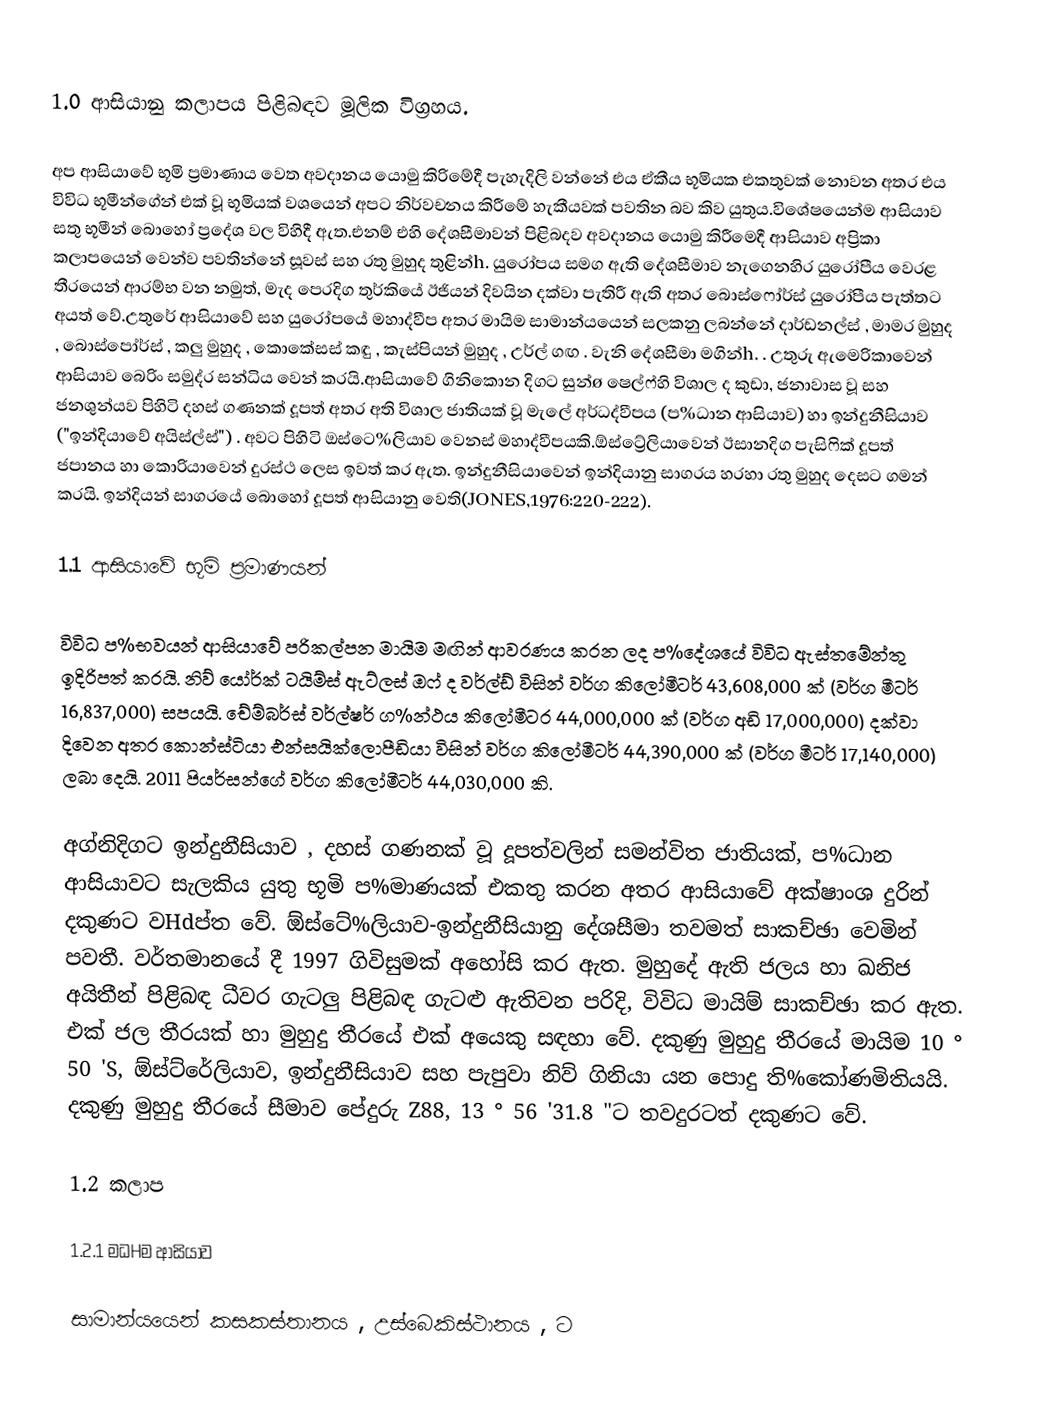
1.0 ආසියානු කලාපය පිළිබඳව මූලික විග්‍රහය.

         අප ආසියාවේ භූමි ප්‍රමාණාය වෙත අවදානය යොමු කිරිමේදී පැහැදිලි වන්නේ එය ඒකීය භූමියක එකතුවක් නොවන අතර එය විවිධ භූමීන්ගේන් එක් වූ භූමියක් වශයෙන් අපට නිර්වචනය කිරීමේ හැකීයවක් පවතින බව කිව යුතුය.විශේෂයෙන්ම ආසියාව සතු භූමීන් බොහෝ ප්‍රදේශ වල විහිදී ඇත.එනම් එහි දේශසීමාවන් පිළිබදව අවදානය යොමු කිරීමෙදී ආසියාව අප්‍රිකා කලාපයෙන් වෙන්ව පවතින්නේ සූවස් සහ රතු මුහුද තුළින්‍h. යුරෝපය සමග ඇති දේශසීමාව නැගෙනහිර යුරෝපීය වෙරළ තීරයෙන් ආරම්භ වන නමුත්, මැද පෙරදිග තුර්කියේ ඊජියන් දිවයින දක්වා පැතිරී ඇති අතර බොස්ෆෝර්ස් යුරෝපීය පැත්තට අයත් වේ.උතුරේ ආසියාවේ සහ යුරෝපයේ මහාද්වීප අතර මායිම සාමාන්යයෙන් සලකනු ලබන්නේ දාර්ඩනල්ස් , මාමර මුහුද , බොස්පෝර්ස් , කලු මුහුද , කොකේසස් කඳු , කැස්පියන් මුහුද , උර්ල් ගඟ . වැනි දේශසීමා මගින්‍h. . උතුරු ඇමෙරිකාවෙන් ආසියාව බෙරිං සමුද්ර සන්ධිය වෙන් කරයි.ආසියාවේ ගිනිකොන දිගට සුන්ø ෂෙල්ෆ්හි විශාල ද කුඩා, ජනාවාස වූ සහ ජනශුන්යව පිහිටි දහස් ගණනක් දූපත් අතර අති විශාල ජාතියක් වූ මැලේ අර්ධද්වීපය (ප%ධාන ආසියාව) හා ඉන්දුනීසියාව ("ඉන්දියාවේ අයිස්ල්ස්") . අවට පිහිටි ඔස්ටෙ%ලියාව වෙනස් මහාද්වීපයකි.ඕස්ට්‍රේලියාවෙන් ඊසානදිග පැසිෆික් දූපත් ජපානය හා කොරියාවෙන් දුරස්ථ ලෙස ඉවත් කර ඇත. ඉන්දුනීසියාවෙන් ඉන්දියානු සාගරය හරහා රතු මුහුද දෙසට ගමන් කරයි. ඉන්දියන් සාගරයේ බොහෝ දූපත් ආසියානු වෙති(JONES,1976:220-222).

1.1 ආසියාවේ භූමි ප්‍රමාණයන්

         විවිධ ප%භවයන් ආසියාවේ පරිකල්පන මායිම මඟින් ආවරණය කරන ලද ප%දේශයේ විවිධ ඇස්තමේන්තු ඉදිරිපත් කරයි. නිව් යෝර්ක් ටයිම්ස් ඇට්ලස් ඔෆ් ද වර්ල්ඩ් විසින් වර්ග කිලෝමීටර් 43,608,000 ක් (වර්ග මීටර් 16,837,000) සපයයි. චේම්බර්ස් වර්ල්ෂර් ග%න්ථය කිලෝමීටර 44,000,000 ක් (වර්ග අඩි 17,000,000) දක්වා දිවෙන අතර කොන්ස්ටියා එන්සයික්ලොපීඩියා විසින් වර්ග කිලෝමීටර් 44,390,000 ක් (වර්ග මීටර් 17,140,000) ලබා දෙයි. 2011 පියර්සන්ගේ වර්ග කිලෝමීටර් 44,030,000 කි.

අග්නිදිගට ඉන්දුනීසියාව , දහස් ගණනක් වූ දූපත්වලින් සමන්විත ජාතියක්, ප%ධාන ආසියාවට සැලකිය යුතු භූමි ප%මාණයක් එකතු කරන අතර ආසියාවේ අක්ෂාංශ දුරින් දකුණට වHdප්ත වේ. ඕස්ටේ%ලියාව-ඉන්දුනීසියානු දේශසීමා තවමත් සාකච්ඡා වෙමින් පවතී. වර්තමානයේ දී 1997 ගිවිසුමක් අහෝසි කර ඇත. මුහුදේ ඇති ජලය හා ඛනිජ අයිතීන් පිළිබඳ ධීවර ගැටලු පිළිබඳ ගැටළු ඇතිවන පරිදි, විවිධ මායිම් සාකච්ඡා කර ඇත. එක් ජල තීරයක් හා මුහුදු තීරයේ එක් අයෙකු සඳහා වේ. දකුණු මුහුදු තීරයේ මායිම 10 ° 50 'S, ඕස්ට්රේලියාව, ඉන්දුනීසියාව සහ පැපුවා නිව් ගිනියා යන පොදු ති%කෝණමිතියයි. දකුණු මුහුදු තීරයේ සීමාව පේදුරු Z88, 13 ° 56 '31.8 "ට තවදුරටත් දකුණට වේ.

1.2 කලාප

1.2.1 මධHම ආසියාව

සාමාන්යයෙන්  කසකස්තානය , උස්බෙකිස්ථානය , ට